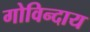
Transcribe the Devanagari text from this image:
गोविन्दाय